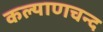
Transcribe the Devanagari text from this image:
कल्याणचन्द